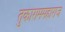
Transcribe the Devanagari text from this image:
तुकाराममहाराज